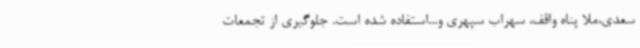
سعدی،ملا پناه واقف، سهراب سپهری و...استفاده شده است. جلوگیری از تجمعات